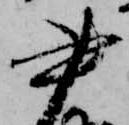
書